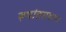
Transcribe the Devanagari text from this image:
रूपांतरावरून